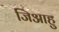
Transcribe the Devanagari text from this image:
जिआहु